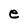
Character: e